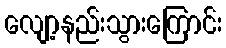
လျော့နည်းသွားကြောင်း